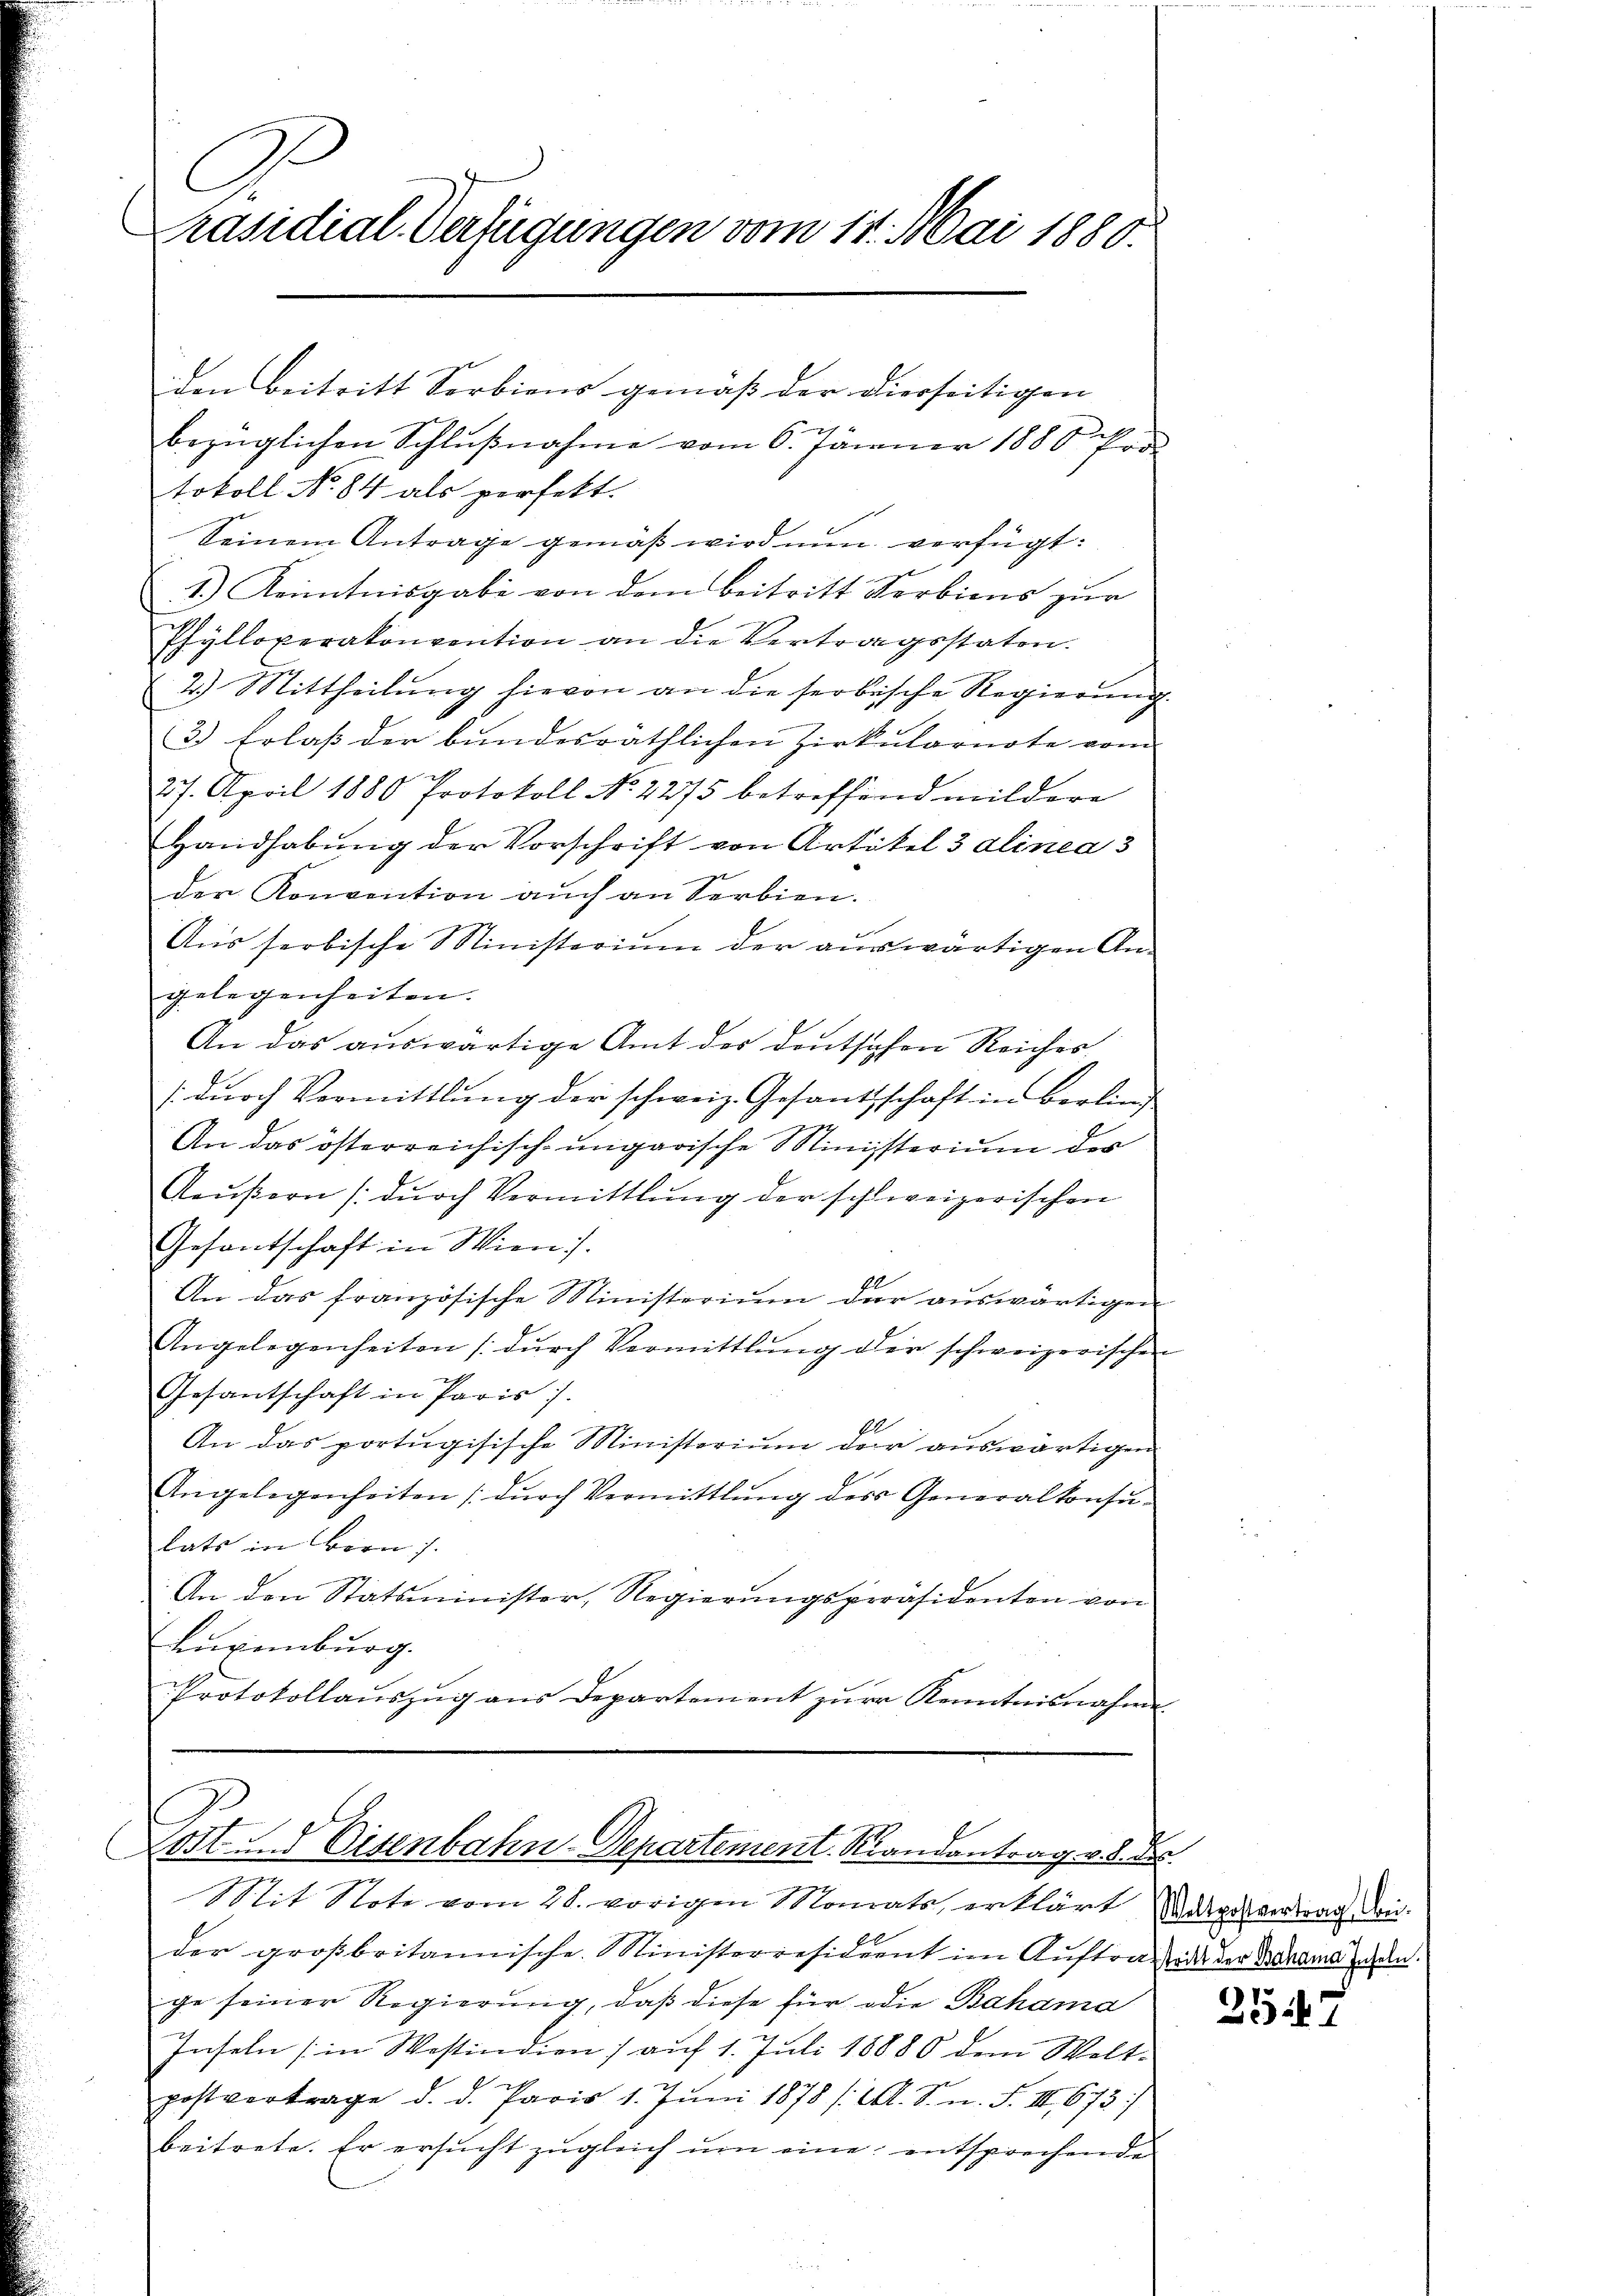
C
Präsidial-Verfügungen vom 17. Mai 1880.

den Beitritt Serbiens gemäß der Dierseitigen |
bezüglichen Schlŭβnahme vom 6. Jänner 1888 Fr.
tokoll No. 84 als perfett.
Seinem Antrage gemäß wird nun verfügt:
1.) Kenntnisgabe von dem beitritt Serbiens zur
Phylloverakonvention an die Vertragsstaten.
2.) Mittheilŭng hievon an die serbische Regierŭng.
3) Erlaß der bundesräthlichen Zirkularnote vom
27. April 1880 Protokoll No 2275 betreffend mildere
Handhabŭng der Vorschrift von Artikel 3 alinea 3
der Konvention aŭch an Serbien.
Aŭs serbische Ministerium der aŭswärtigen An-
gelegenheiten.
An das auswärtige Amt der deutschen Reiches
dŭrch Vormittlung der schweiz. Gesandtschaft in Berling,
An das österreichisch-ungarische Ministerium der
Aeußern (durch Vermittlung der schweizerischen
Gesantschaft in Wien).
An das französische Ministerium der auswärtigen
Angelegenheiten (durch Vermittlung der schweizerischen
h
Gesantschaft in Paris 1.
An das portugisische Ministerium der auswärtigen
Angelegenheiten (durch Vermittlung des Generalkonsu-
lats in Bern s.
An den Statsminister, Regierungspräsidenten von
Luxenburg.
Protokollauszug aus Departement zur Kenntnisnahme
u
Lost und Eisenbahn-Departement. Randantrag v. 8. des

Mit Note vom 28. vorigen Monats, erklärt argesvertrag den
der großbritannische Ministerresidient im Aŭftrag an der Karama man
ge seiner Regierung, daß diese für die Bahama
Inseln in Wostindion) auf 1. Juli 18880 dem Welt-
postvertrage d. d. Paris 1. Jŭni 1878 /A. S. n. F. III 673)
beitrete. Er ersŭcht zŭgleich ŭm eine entsprechende

2547